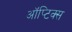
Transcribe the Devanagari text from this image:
ऑप्टिक्‍स